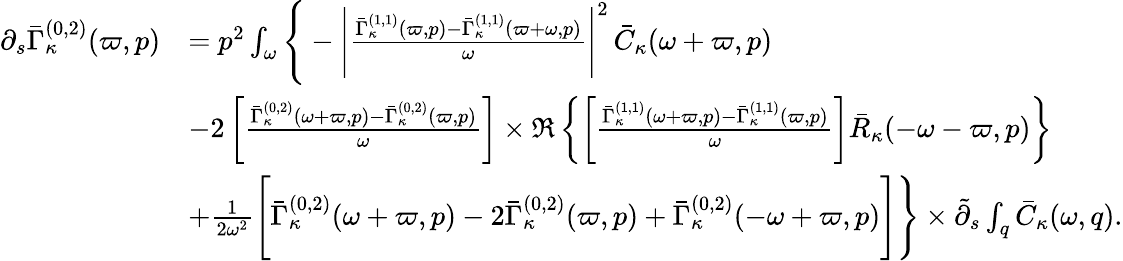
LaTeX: \begin{array}{rl}{\partial_{s}\bar{\Gamma}_{\kappa}^{(0,2)}(\varpi,p)}&{=p^{2}\int_{\omega}\Bigg\{ -\Bigg|\frac{\bar{\Gamma}_{\kappa}^{(1,1)}(\varpi,p)-\bar{\Gamma}_{\kappa}^{(1,1)}(\varpi+\omega,p)}{\omega}\Bigg|^{2}\, \bar{C}_{\kappa}(\omega+\varpi,p)}\\ &{-2\left[\frac{\bar{\Gamma}_{\kappa}^{(0,2)}(\omega+\varpi,p)-\bar{\Gamma}_{\kappa}^{(0,2)}(\varpi,p)}{\omega}\right]\times\Re\left\{ \left[\frac{\bar{\Gamma}_{\kappa}^{(1,1)}(\omega+\varpi,p)-\bar{\Gamma}_{\kappa}^{(1,1)}(\varpi,p)}{\omega}\right]\bar{R}_{\kappa}(-\omega-\varpi,p)\right\} }\\ &{+\frac 1{2\omega^{2}}\Bigg[\bar{\Gamma}_{\kappa}^{(0,2)}(\omega+\varpi,p)-2\bar{\Gamma}_{\kappa}^{(0,2)}(\varpi,p)+\bar{\Gamma}_{\kappa}^{(0,2)}(-\omega+\varpi,p)\Bigg]\Bigg\} \times\tilde{\partial}_{s}\int_{q}\bar{C}_{\kappa}(\omega,q).}\end{array}